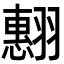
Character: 𮋍